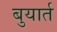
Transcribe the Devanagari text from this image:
बुयार्त